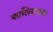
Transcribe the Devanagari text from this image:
कालियनाग